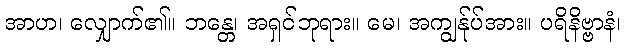
အာဟ၊ လျှောက်၏။ ဘန္တေ၊ အရှင်ဘုရား။ မေ၊ အကျွန်ုပ်အား။ ပရိနိဗ္ဗာနံ၊